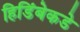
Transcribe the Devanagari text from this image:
हिडिंबेकडे